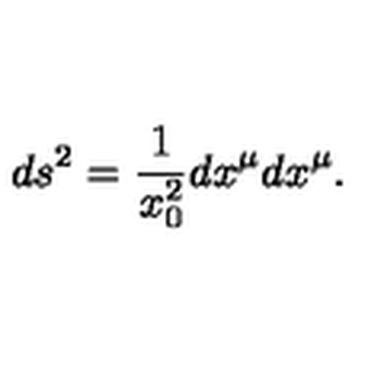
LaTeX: d s ^ { 2 } = { \frac { 1 } { x _ { 0 } ^ { 2 } } } d x ^ { \mu } d x ^ { \mu } .